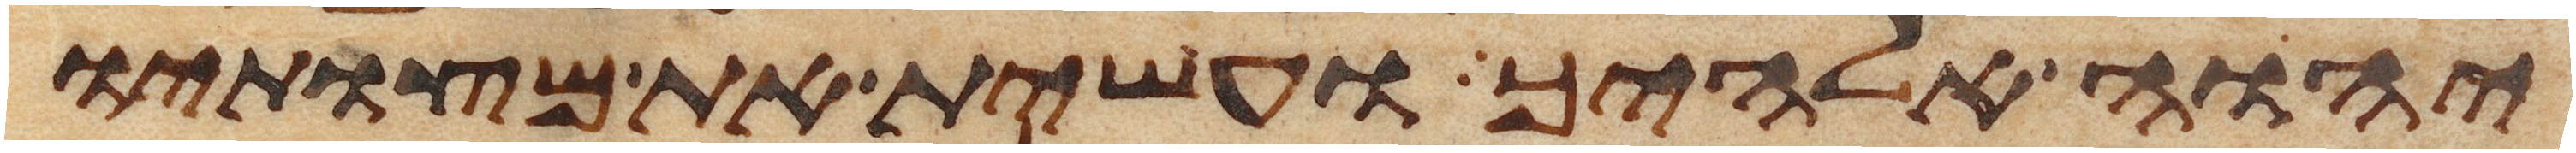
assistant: יהוה אלהיך ועשית את מצותיו